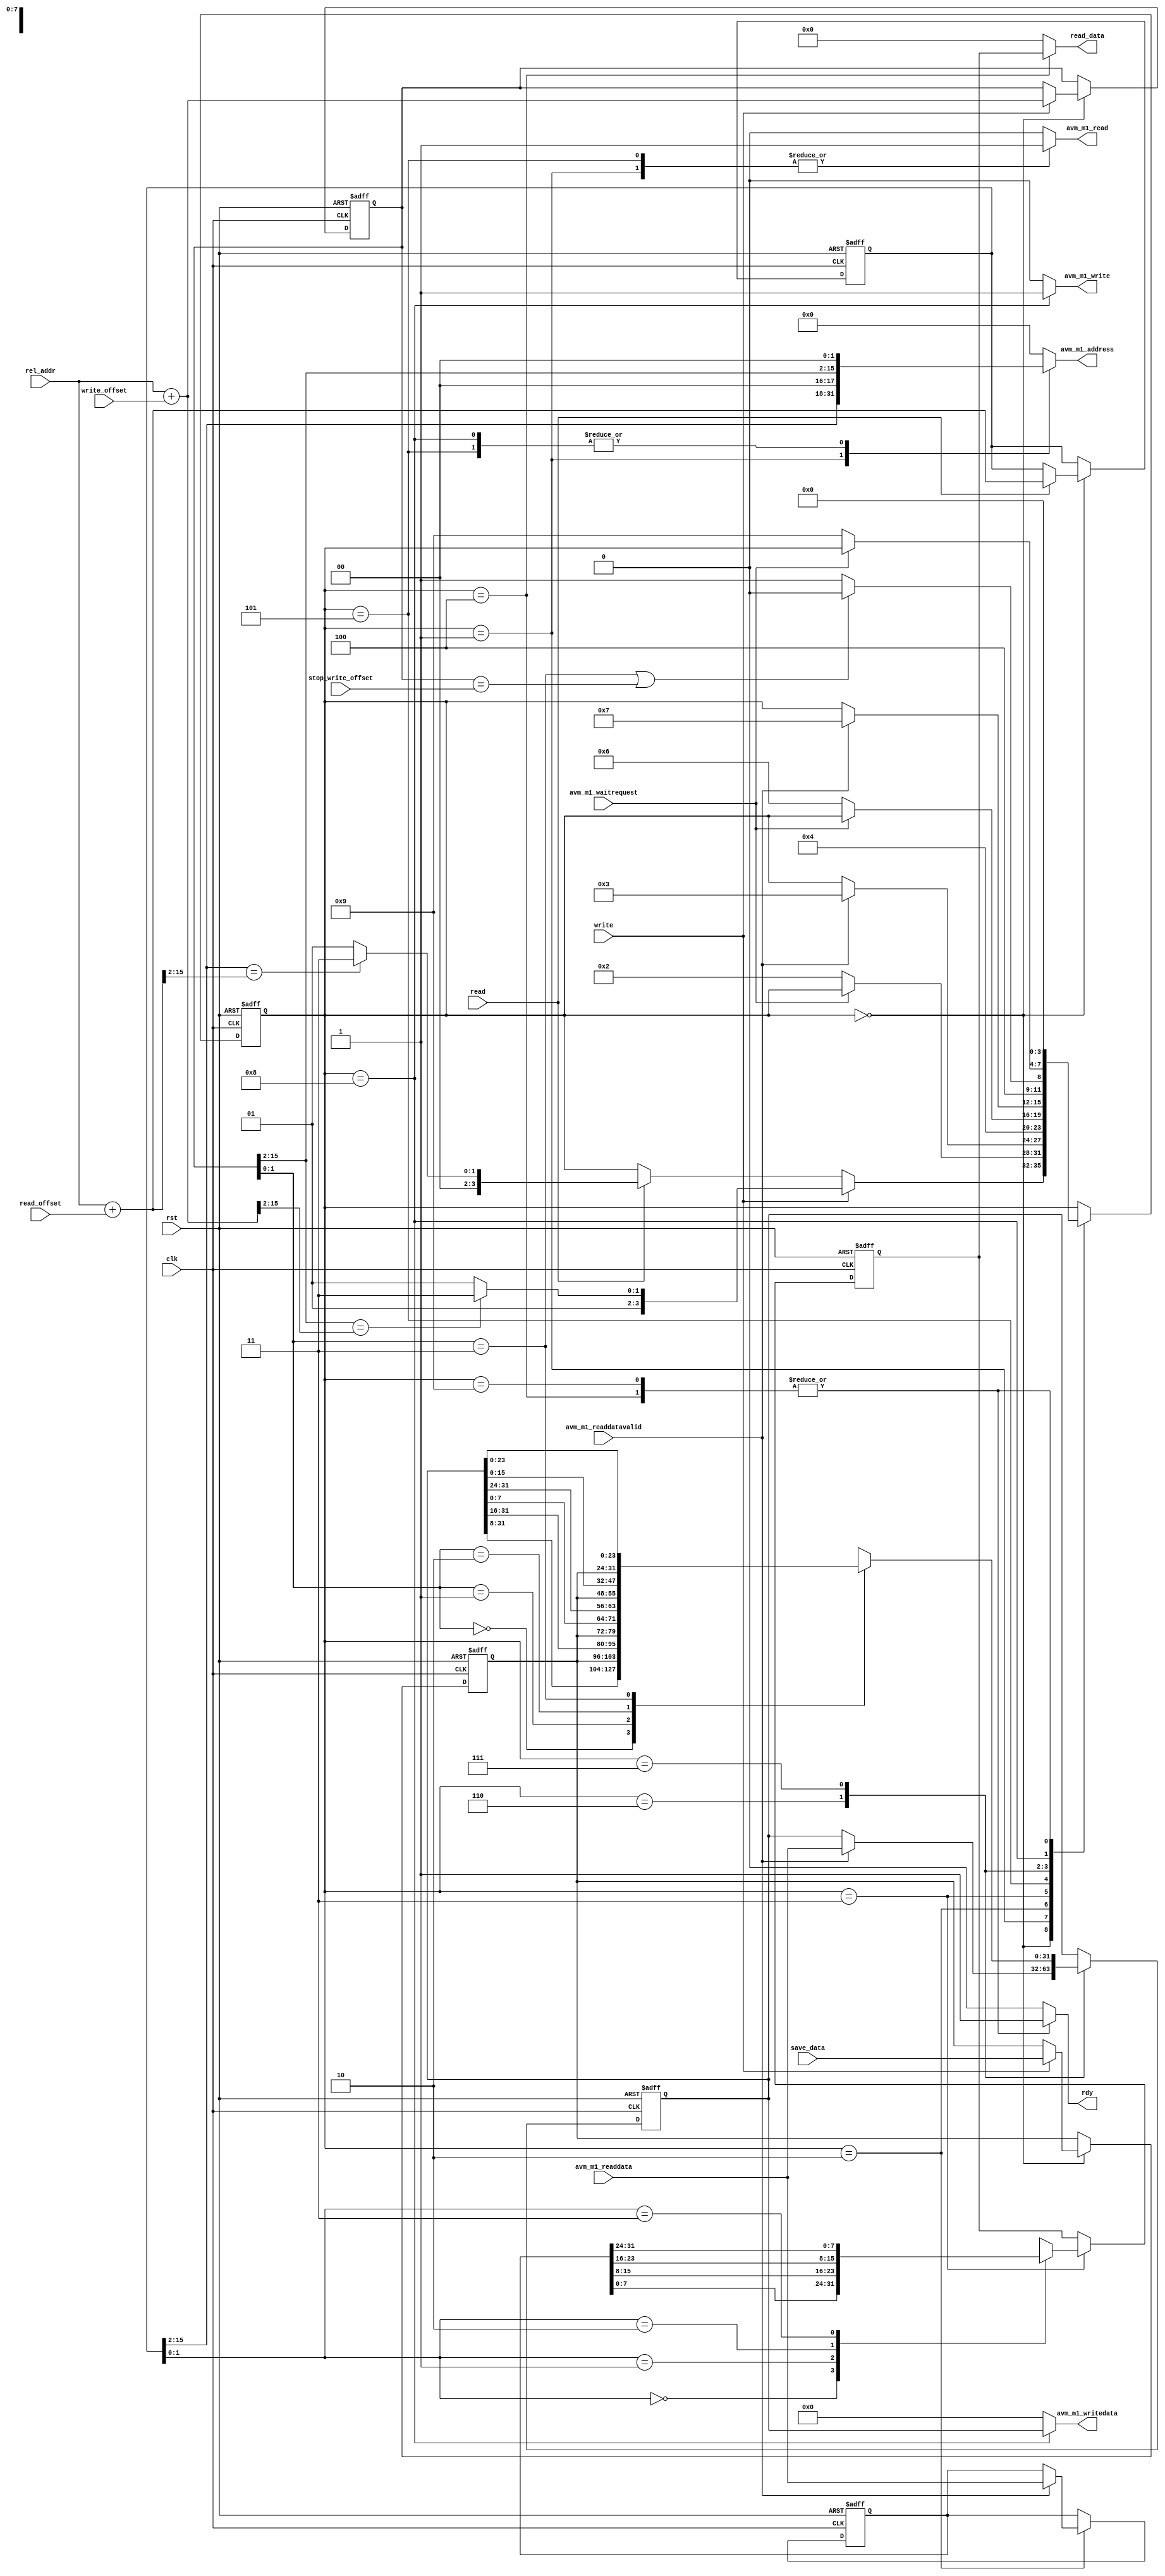

module conclover_memory_access(
	input clk,
	input rst,
	
	// Avalon MM Master
	
	output reg avm_m1_write,
	output reg avm_m1_read,
	
	input avm_m1_waitrequest,
	input avm_m1_readdatavalid,
	
	output reg[15:0] avm_m1_address,
	output reg[31:0] avm_m1_writedata,
	
	input [31:0] avm_m1_readdata,
	
	// Addr
	
	input[15:0] read_offset,
	input[15:0] write_offset,
	
	input[15:0] stop_write_offset,
	
	// Inside bus
	
	input[15:0] rel_addr,
	input write,
	input read,
	
	input[7:0] save_data,
	output reg[7:0] read_data,
	output reg rdy
);


reg[15:0] f_addrr;
reg[15:0] n_addrr;

reg[15:0] f_addrw;
reg[15:0] n_addrw;

reg[7:0] f_savebuffer;
reg[7:0] n_savebuffer;

reg[7:0] f_readbuffer;
reg[7:0] n_readbuffer;


reg[31:0] f_savebufferint;
reg[31:0] n_savebufferint;

reg[31:0] f_readbufferint;
reg[31:0] n_readbufferint;


reg[3:0] f_status;
reg[3:0] n_status;

localparam IDLE = 0;
localparam READ = 1;
localparam DATA_READ = 2;
localparam SELECT_READ = 3;
localparam FINISH_READ = 4;
localparam SAVE = 5;
localparam SAVE_DATA_READ = 6;
localparam ADD_DATA_TO_SAVE = 7;
localparam SAVE_DATA_TO_SAVE = 8;
localparam FINISH_SAVE = 9;

wire[15:0] readaddr = rel_addr + read_offset;
wire[15:0] saveaddr = rel_addr + write_offset;

always@(posedge clk or posedge rst) begin
	if(rst) f_status <= 0;
	else f_status <= n_status;
end

always@(posedge clk or posedge rst) begin
	if(rst) begin
		f_savebuffer <= 0;
		f_readbuffer <= 0;
		f_savebufferint <= 0;
		f_readbufferint <= 0;
		
		f_addrr <= 0;
		f_addrw <= 0;
	end
	else begin
		f_savebuffer <= n_savebuffer;
		f_readbuffer <= n_readbuffer;
		f_savebufferint <= n_savebufferint;
		f_readbufferint <= n_readbufferint;
		
		f_addrr <= n_addrr;
		f_addrw <= n_addrw;
	end
end

always@(*)begin
	n_status = f_status;
	
	case(f_status)
		IDLE: begin
			if(read) begin
				if(f_addrr[15:2] == readaddr[15:2]) n_status = SELECT_READ;
				else n_status = READ;
			end
			if(write) begin
				if(f_addrw[15:2] == saveaddr[15:2]) n_status = ADD_DATA_TO_SAVE;
				else n_status = SAVE;
			end
		end
		READ: begin
			if(~avm_m1_waitrequest) n_status = DATA_READ;
		end
		DATA_READ: begin
			if(avm_m1_readdatavalid) n_status = SELECT_READ;
		end
		SELECT_READ: n_status = FINISH_READ;
		FINISH_READ: n_status = IDLE;
		SAVE: begin
			if(~avm_m1_waitrequest) n_status = SAVE_DATA_READ;
		end
		SAVE_DATA_READ: if(avm_m1_readdatavalid) n_status = ADD_DATA_TO_SAVE;
		ADD_DATA_TO_SAVE: if(f_addrw[1:0] == 3 || f_addrw == stop_write_offset) n_status = SAVE_DATA_TO_SAVE;
								else n_status = FINISH_SAVE;
		SAVE_DATA_TO_SAVE: if(~avm_m1_waitrequest) n_status = FINISH_SAVE;
		FINISH_SAVE: n_status = IDLE;
	endcase
end

always@(*) begin

	n_addrr = f_addrr;
	n_addrw = f_addrw;
	
	n_savebuffer = f_savebuffer;
	n_readbuffer = f_readbuffer;

	n_savebufferint = f_savebufferint;
	n_readbufferint = f_readbufferint;

	read_data = 0;
	rdy = 0;
	
	avm_m1_write = 0;
	avm_m1_read = 0;
	
	avm_m1_address = 0;
	avm_m1_writedata = 0;
	
	case(f_status)
		IDLE: begin
			if(read) begin
				n_addrr = readaddr;
			end
			if(write) begin
				n_addrw = saveaddr;
				n_savebuffer = save_data;
			end
		end
		READ: begin
			avm_m1_read = 1;
			avm_m1_address = {f_addrr[15:2],2'b0};
		end
		DATA_READ: begin
			if(avm_m1_readdatavalid) n_readbufferint = avm_m1_readdata;
		end
		SELECT_READ: begin
			case(f_addrr[1:0])
				0: n_readbuffer = f_readbufferint[7:0];
				1: n_readbuffer = f_readbufferint[15:8];
				2: n_readbuffer = f_readbufferint[23:16];
				3: n_readbuffer = f_readbufferint[31:24];
				default:;
			endcase
		end
		FINISH_READ: begin
			rdy = 1;
			read_data = f_readbuffer;
		end
		SAVE: begin
			avm_m1_read = 1;
			avm_m1_address = {f_addrw[15:2],2'b0};
		end
		SAVE_DATA_READ: begin
			if(avm_m1_readdatavalid) n_savebufferint = avm_m1_readdata;
		end
		ADD_DATA_TO_SAVE: begin
			case(f_addrw[1:0])
				0: n_savebufferint = {f_savebufferint[31:8],f_savebuffer};
				1: n_savebufferint = {f_savebufferint[31:16],f_savebuffer,f_savebufferint[7:0]};
				2: n_savebufferint = {f_savebufferint[31:24],f_savebuffer,f_savebufferint[15:0]};
				3: n_savebufferint = {f_savebuffer,f_savebufferint[23:0]};
			endcase
		end
		SAVE_DATA_TO_SAVE: begin
			avm_m1_write = 1;
			avm_m1_address = {f_addrw[15:2],2'b0};
			avm_m1_writedata = f_savebufferint;
		end
		FINISH_SAVE: rdy = 1;
	endcase
	
end
endmodule